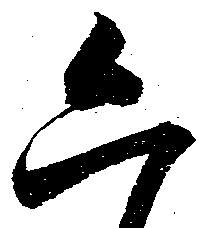
六